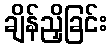
ချိန်ညှိခြင်း